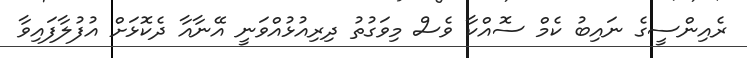
ރެއިންސީގެ ނައިބު ކެމް ސޮއްކާ ވެސް މިވަގުތު ދިރިއުޅުއްވަނީ އޭނާއާ ދެކޮޅަށް އުފުލާފައިވާ